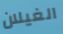
الغيلان